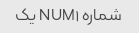
شماره NUM۱ یک